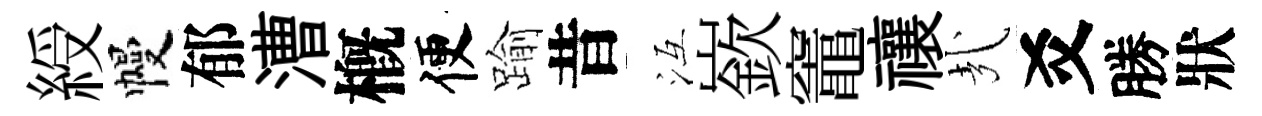
綬幔郁漕槪便踰昔冱嶔竈禳㢤爻勝狀